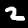
Digit: 2